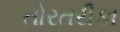
તોરતરીકા